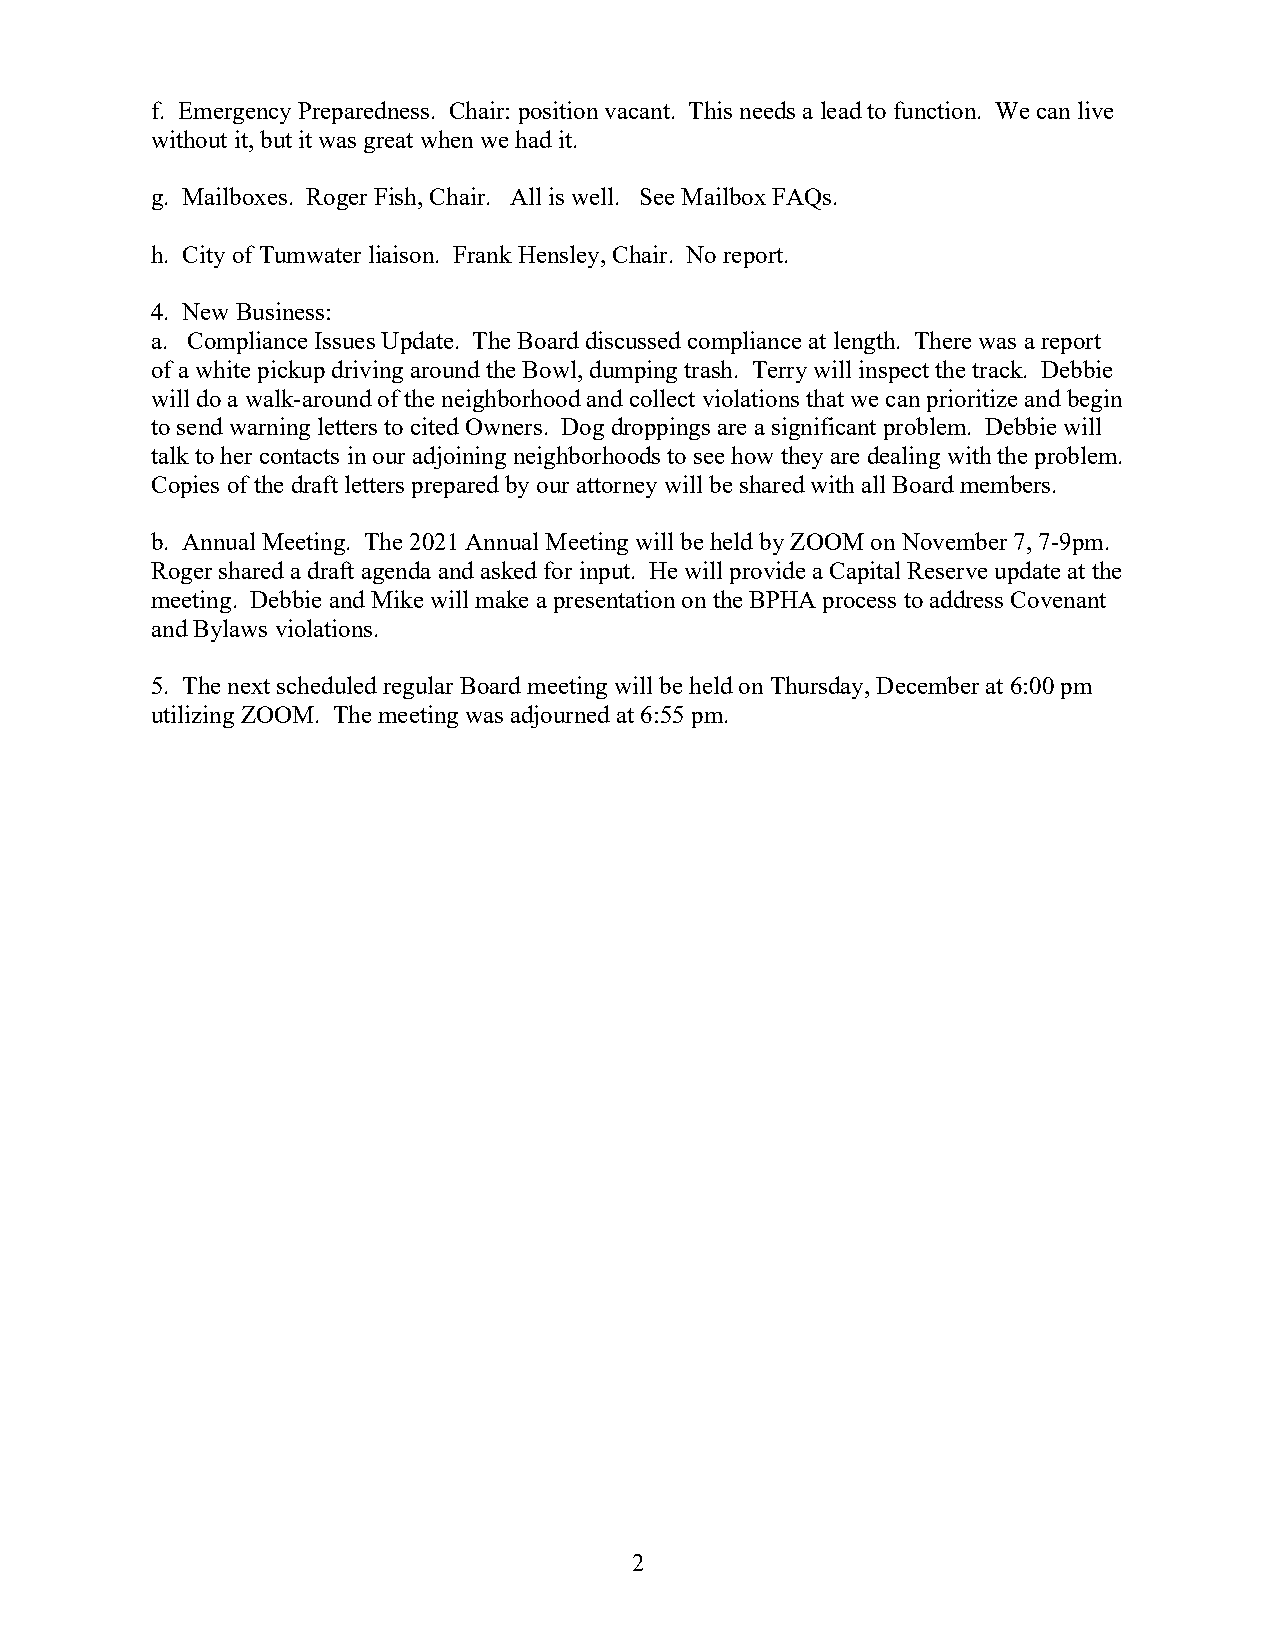
f. Emergency Preparedness. Chair: position vacant. This needs a lead to function. We can live
 without it, but it was great when we had it.
 g. Mailboxes. Roger Fish, Chair. All is well. See Mailbox FAQs.
 h. City of Tumwater liaison. Frank Hensley, Chair. No report.
 4. New Business:
 a. Compliance Issues Update. The Board discussed compliance at length. There was a report
 of a white pickup driving around the Bowl, dumping trash. Terry will inspect the track. Debbie
 will do a walk-around of the neighborhood and collect violations that we can prioritize and begin
 to send warning letters to cited Owners. Dog droppings are a significant problem. Debbie will
 talk to her contacts in our adjoining neighborhoods to see how they are dealing with the problem.
 Copies of the draft letters prepared by our attorney will be shared with all Board members.
 b. Annual Meeting. The 2021 Annual Meeting will be held by ZOOM on November 7, 7-9pm.
 Roger shared a draft agenda and asked for input. He will provide a Capital Reserve update at the
 meeting. Debbie and Mike will make a presentation on the BPHA process to address Covenant
 and Bylaws violations.
 5. The next scheduled regular Board meeting will be held on Thursday, December at 6:00 pm
 utilizing ZOOM. The meeting was adjourned at 6:55 pm.
 2